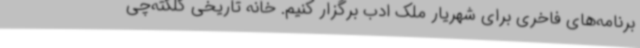
برنامه‌های فاخری برای شهریار ملک ادب برگزار کنیم. خانه تاریخی کلکته‌چی